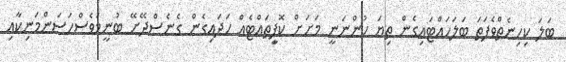
ބަލަ ކިހިނެތްވެފަތަ ބަލަހައްޓައިގެން ތިޔަ ހުންނަނީ މަށަށް ކޮފީިތައްޓެއް ހަދައިގެން ގެނެސްދޭށޭ ބުނީމަވެސްހަސަންމަނިކާއި